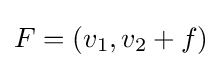
F=(v_{1},v_{2}+f)